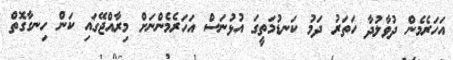
އަހަރެމެން ދުވާލުދާ ހަތަރު ދަމު ކަނޑުމަތީގަ އުޅުނަސް އަހަރެމެންނަށް މިރާއްޖޭގައި ކަން ހިނގާގޮތް